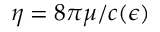
\eta = 8 \pi \mu / c ( \epsilon )